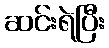
ဆင်းရဲပြီး